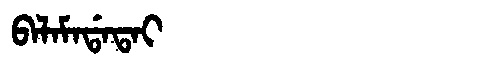
Manchu: ᠪᠠᠯᠠᠮᠠᡩᠠᡨᠠᡳ
Romanization: BALAMADATAI